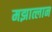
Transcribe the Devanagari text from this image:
मझात्लान